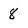
Character: 8